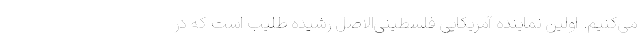
می‌کنیم. اولین نماینده آمریکایی فلسطینی‌الاصل رشیده طلیب است که در